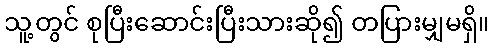
သူ့တွင် စုပြီးဆောင်းပြီးသားဆို၍ တပြားမျှမရှိ။